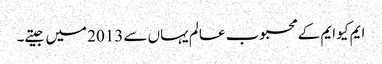
ایم کیو ایم کے محبوب عالم یہاں سے 2013 میں جیتے۔